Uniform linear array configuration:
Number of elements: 16
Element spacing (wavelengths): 1
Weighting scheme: cosine
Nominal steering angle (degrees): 0
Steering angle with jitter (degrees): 0.5718
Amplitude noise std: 0.05
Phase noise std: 0.05

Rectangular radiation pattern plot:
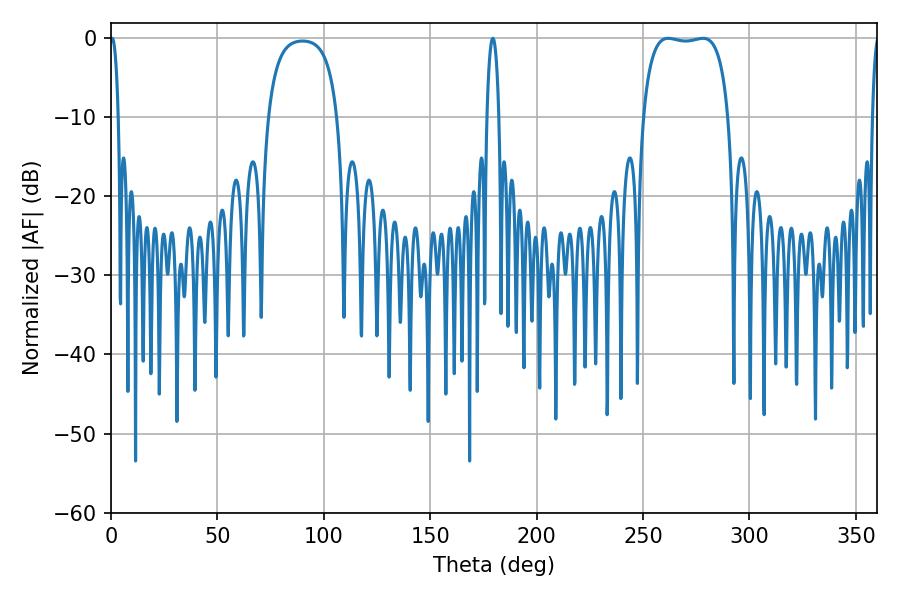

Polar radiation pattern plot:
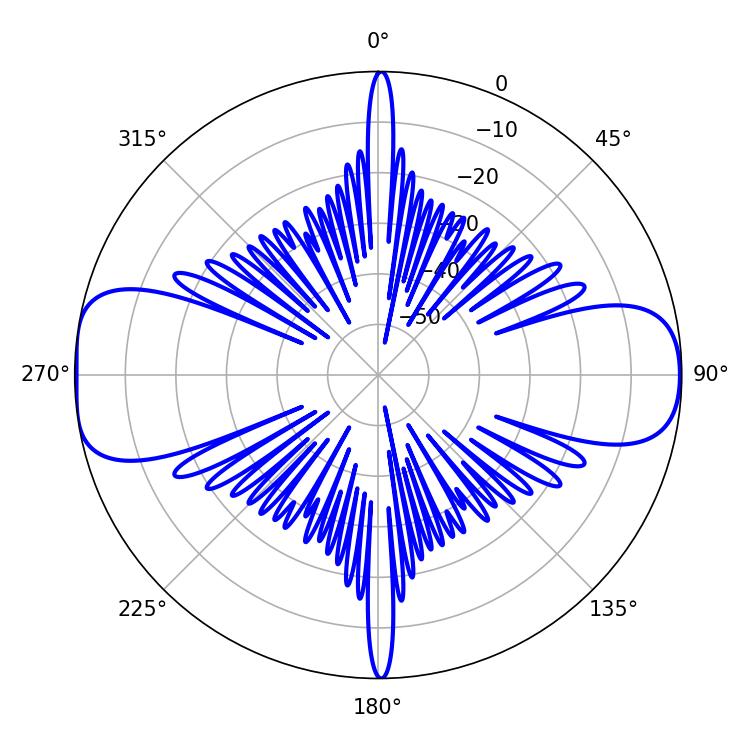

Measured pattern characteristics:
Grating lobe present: TRUE
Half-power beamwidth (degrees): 32.04
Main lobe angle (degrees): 261.9